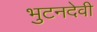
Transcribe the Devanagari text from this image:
भुटनदेवी